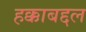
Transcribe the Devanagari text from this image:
हक्काबद्दल